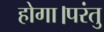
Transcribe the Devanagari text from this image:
होगा।परंतु